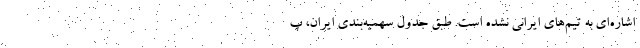
اشاره‌ای به تیم‌های ایرانی نشده است. طبق جدول سهمیه‌بندی ایران، پ